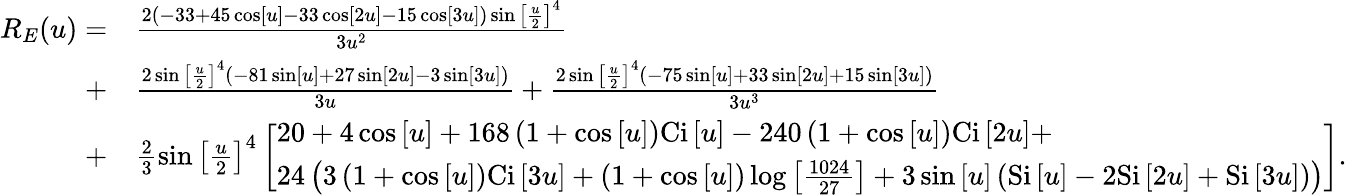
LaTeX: \begin{array}{rl}{{R_{E}}(u)=}&{{}\frac{{2\left({-33+45\cos\left[u\right]-33\cos\left[{2u}\right]-15\cos\left[{3u}\right]}\right)\sin{{\left[{\frac{u}{2}}\right]}^{4}}}}{{3{u^{2}}}}}\\ {+}&{{}\frac{{2\sin{{\left[{\frac{u}{2}}\right]}^{4}}\left({-81\sin\left[u\right]+27\sin\left[{2u}\right]-3\sin\left[{3u}\right]}\right)}}{{3u}}+\frac{{2\sin{{\left[{\frac{u}{2}}\right]}^{4}}\left({-75\sin\left[u\right]+33\sin\left[{2u}\right]+15\sin\left[{3u}\right]}\right)}}{{3{u^{3}}}}}\\ {+}&{{}\frac{2}{3}\sin{\left[{\frac{u}{2}}\right]^{4}}\left[\begin{array}{l}{20+4\cos\left[u\right]+168\left({1+\cos\left[u\right]}\right)\mathrm{{Ci}}\left[u\right]-240\left({1+\cos\left[u\right]}\right)\mathrm{{Ci}}\left[{2u}\right]+}\\ {24\left({3\left({1+\cos\left[u\right]}\right)\mathrm{{Ci}}\left[{3u}\right]+\left({1+\cos\left[u\right]}\right)\log\left[{\frac{{1024}}{{27}}}\right]+3\sin\left[u\right]\left({\mathrm{{Si}}\left[u\right]-2\mathrm{{Si}}\left[{2u}\right]+\mathrm{{Si}}\left[{3u}\right]}\right)}\right)}\end{array}\right].}\end{array}